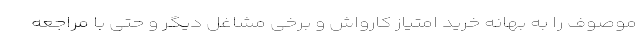
موصوف را به بهانه خرید امتیاز کارواش و برخی مشاغل دیگر و حتی با مراجعه